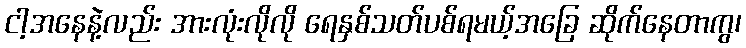
ငါ့အနေနဲ့လည်း အားလုံးလိုလို ရေနှစ်သတ်ပစ်ရမယ့်အခြေ ဆိုက်နေတာကွ၊